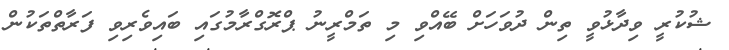
ޝުކުރީ ވިދާޅުވީ ތިން ދުވަހަށް ބޭއްވި މި ތަމްރީނު ޕްރޮގްރާމުގައި ބައިވެރިވި ފަރާތްތަކުން